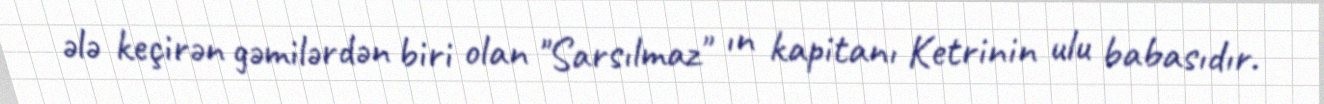
ələ keçirən gəmilərdən biri olan "Sarsılmaz" ın kapitanı Ketrinin ulu babasıdır.